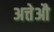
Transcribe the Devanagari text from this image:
अत्तेऔ